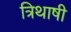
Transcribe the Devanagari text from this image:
त्रिथाषी